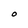
Character: O